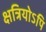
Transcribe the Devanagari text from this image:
क्षत्रियोऽपि